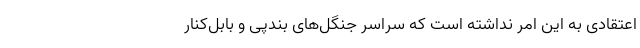
اعتقادی به این امر نداشته است که سراسر جنگل‌های بندپی و بابل‌کنار